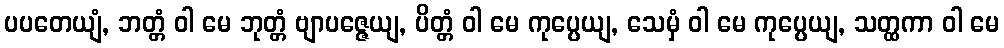
ပပတေယျံ, ဘတ္တံ ဝါ မေ ဘုတ္တံ ဗျာပဇ္ဇေယျ, ပိတ္တံ ဝါ မေ ကုပ္ပေယျ, သေမှံ ဝါ မေ ကုပ္ပေယျ, သတ္ထကာ ဝါ မေ